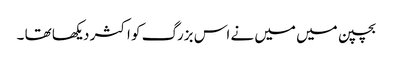
بچپن میں میں نے اس بزرگ کو اکثر دیکھا تھا ۔